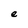
Character: e